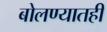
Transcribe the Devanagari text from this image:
बोलण्यातही